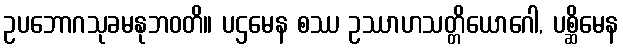
ဥပဘောဂသုခမနုဘဝတိ။ ပဌမေန စဿ ဥဿာဟသတ္တိယောဂေါ, ပစ္ဆိမေန